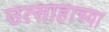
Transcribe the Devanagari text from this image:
उत्साहाच्या